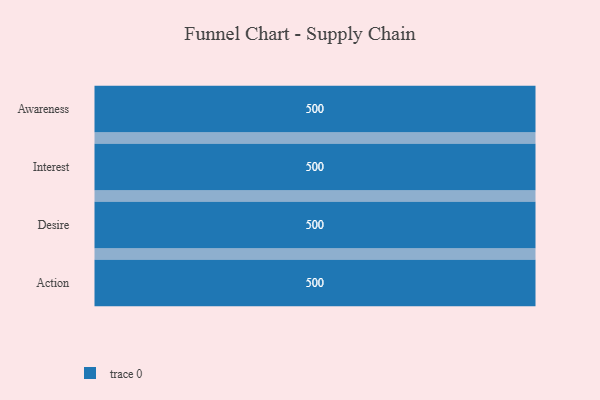
{"axis": {"x": "Stage", "y": "Value"}, "legend": [""], "data": [{"x": "Awareness", "y": 500, "type": ""}, {"x": "Interest", "y": 500, "type": ""}, {"x": "Desire", "y": 500, "type": ""}, {"x": "Action", "y": 500, "type": ""}]}